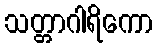
သတ္တာဂါရိကော